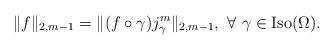
\begin{align*} \|f\|_{2,m-1}=\|(f\circ\gamma) j_\gamma^m \|_{2,m-1}, \ \forall \ \gamma\in {\rm Iso}(\Omega).\end{align*}